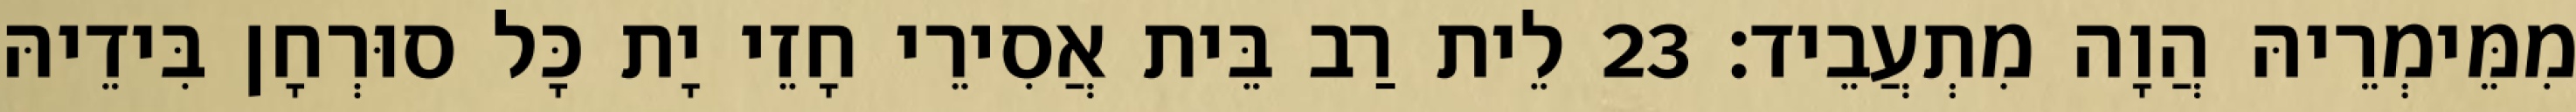
מִמֵּימְרֵיהּ הֲוָה מִתְעֲבֵיד׃ 23 לֵית רַב בֵּית אֲסִירֵי חָזֵי יָת כָּל סוּרְחָן בִּידֵיהּ